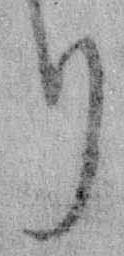
り